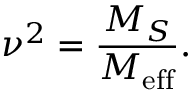
\nu ^ { 2 } = \frac { M _ { S } } { M _ { \mathrm { e f f } } } .